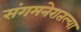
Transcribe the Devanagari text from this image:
संगमनेरातल्या